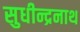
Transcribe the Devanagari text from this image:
सुधीन्द्रनाथ